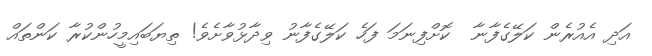
އަދި އެއުރެން ކަލޭގެފާނާ  ކޮށްފިނަމަ ފަހެ ކަލޭގެފާނު ވިދާޅުވާށެވެ! ތިޔަބައިމީހުންކުރާ ކަންތައް